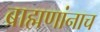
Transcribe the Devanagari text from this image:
ब्राह्मणांनाच